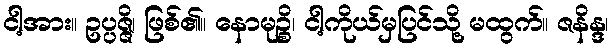
ငါ့အား။ ဥပ္ပဇ္ဇိ၊ ဖြစ်၏။ နောမုဉ္စိ၊ ငါ့ကိုယ်မှပြင်သို့ မထွက်။ ဇနိန္ဒ၊